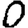
Digit: 0